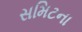
સમિટના